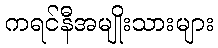
ကရင်နီအမျိုးသားများ